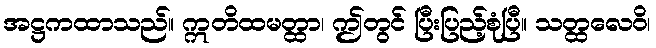
အဋ္ဌကထာသည်။ ဣတိထမတ္ထာ၊ ဤတွင် ပြီးပြည့်စုံပြီ။ သတ္ထလေဝိ၊